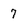
Character: 7